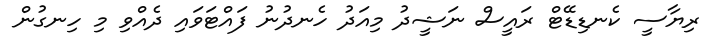
ރިޔާސީ ކެނޑިޑޭޓް ރައީސް ނަޝީދު މިއަދު ހެނދުނު ފައްޓަވައި ދެއްވި މި ހިނގުން